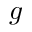
g